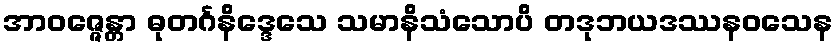
အာဝဇ္ဇေန္တာ ဓုတင်္ဂနိဒ္ဒေသေ သမာနိသံသောပိ တဒုဘယဒဿနဝသေန